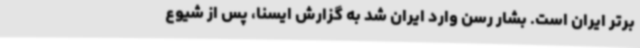
برتر ایران است. بشار رسن وارد ایران شد به گزارش ایسنا، پس از شیوع